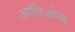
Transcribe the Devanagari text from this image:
आंतिओक